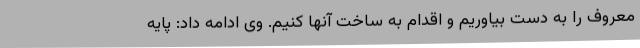
معروف را به دست بیاوریم و اقدام به ساخت آنها کنیم. وی ادامه داد: پایه